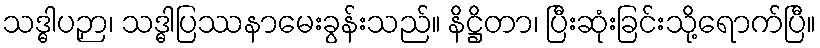
သဒ္ဓါပဉှာ၊ သဒ္ဓါပြဿနာမေးခွန်းသည်။ နိဋ္ဌိတာ၊ ပြီးဆုံးခြင်းသို့ရောက်ပြီ။